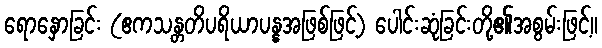
ရောနှောခြင်း (ဧကသန္တတိပရိယာပန္နအဖြစ်ဖြင့်) ပေါင်းဆုံခြင်းတို့၏အစွမ်းဖြင့်။